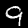
Label: 9